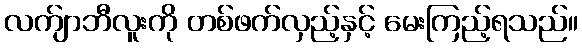
လက်ျာဘီလူးကို တစ်ဖက်လှည့်နှင့် မေးကြည့်ရသည်။